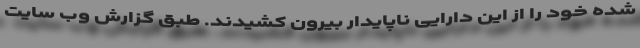
شده خود را از این دارایی ناپایدار بیرون کشیدند. طبق گزارش وب سایت